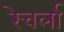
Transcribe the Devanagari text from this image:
रेचर्ला